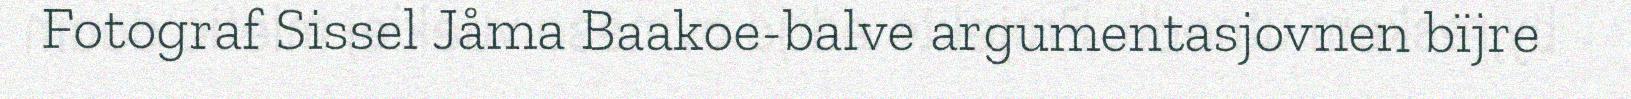
Fotograf Sissel Jåma Baakoe-balve argumentasjovnen bïjre